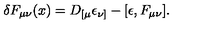
\delta F _ { \mu \nu } ( x ) = D _ { [ \mu } \epsilon _ { \nu ] } - [ \epsilon , F _ { \mu \nu } ] .